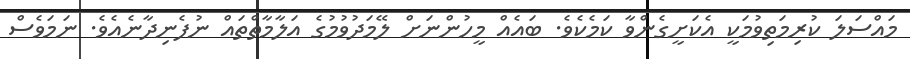
މައްސަލަ ކުރިމަތިވުމަކީ އެކަށީގެންވާ ކަމެކެވެ. ބައެއް މީހުންނަށް ލޭމަދުވުމުގެ އަލާމާތްތައް ނުފެނިދާނެއެވެ. ނަމަވެސް